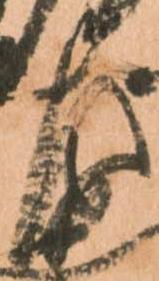
左